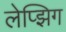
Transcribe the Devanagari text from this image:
लेप्झिग